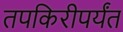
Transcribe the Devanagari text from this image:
तपकिरीपर्यंत